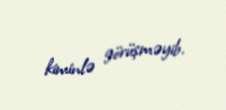
kiminlə görüşməyib.